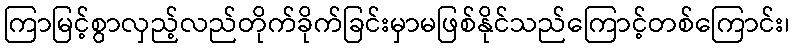
ကြာမြင့်စွာလှည့်လည်တိုက်ခိုက်ခြင်းမှာမဖြစ်နိုင်သည်ကြောင့်တစ်ကြောင်း၊